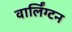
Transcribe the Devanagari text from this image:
वार्लिंग्टन